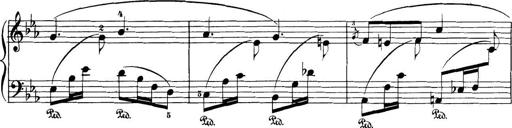
Title: 32 Sonatinas and Rondos for the Piano
Composer: Richard Kleinmichel